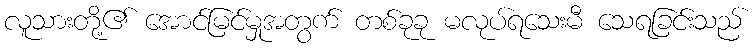
လူသားတို့၏ အောင်မြင်မှုအတွက် တစ်ခုခု မလုပ်ရသေးမီ သေရခြင်းသည်